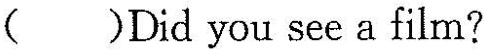
( )Did you see a film?